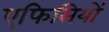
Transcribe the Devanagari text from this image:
एफिसियों